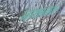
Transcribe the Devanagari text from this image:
नाथनाक